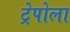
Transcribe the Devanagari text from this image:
ट्रेपोला